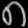
Digit: ၈